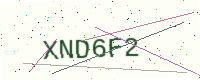
Text: XND6F2